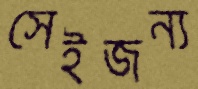
সেইজন্য